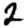
Digit: 2